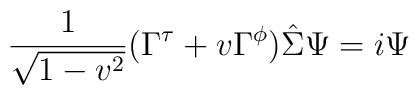
{1\over\sqrt{1-v^2}}(\Gamma^{\tau}+v\Gamma^{\phi})\hat{\Sigma}\Psi=i\Psi